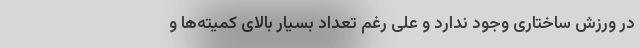
در ورزش ساختاری وجود ندارد و علی رغم تعداد بسیار بالای کمیته‌ها و